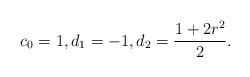
\begin{align*}c_0=1,d_1=-1,d_2=\frac{1 + 2 r^2}{2}.\end{align*}